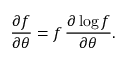
{ \frac { \partial f } { \partial \theta } } = f \, { \frac { \partial \log f } { \partial \theta } } .